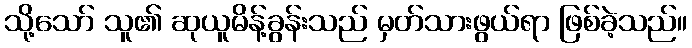
သို့သော် သူ၏ ဆုယူမိန့်ခွန်းသည် မှတ်သားဖွယ်ရာ ဖြစ်ခဲ့သည်။